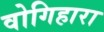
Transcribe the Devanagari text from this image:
वोगिहारा